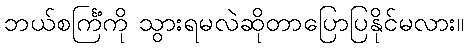
ဘယ်စင်္ကြံကို သွားရမလဲဆိုတာပြောပြနိုင်မလား။